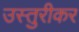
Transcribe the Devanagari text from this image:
उस्तुरीकर